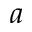
a